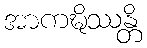
အာကဍ္ဎိဿန္တိ